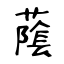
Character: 䕃